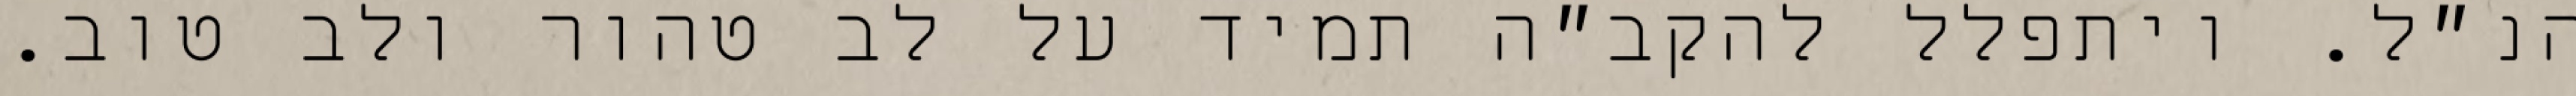
הנ״ל. ויתפלל להקב״ה תמיד על לב טהור ולב טוב.